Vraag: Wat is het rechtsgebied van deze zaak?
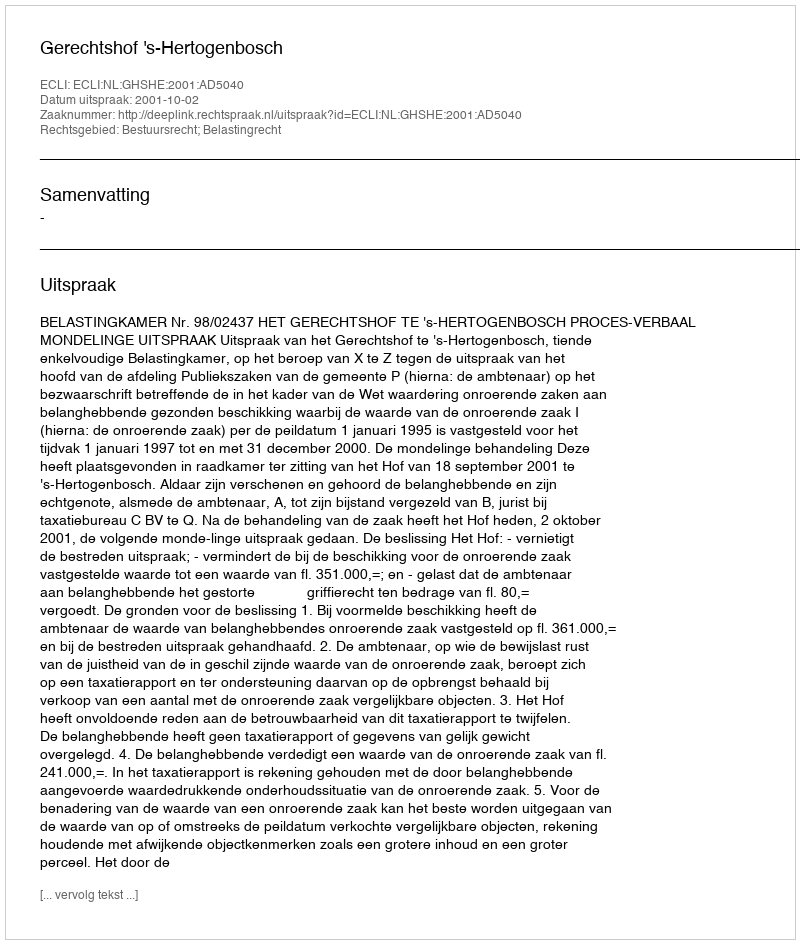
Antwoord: Bestuursrecht; Belastingrecht